Annual administration report of the Civil Veterinary Department of India - 1895-1896
Year: 1895
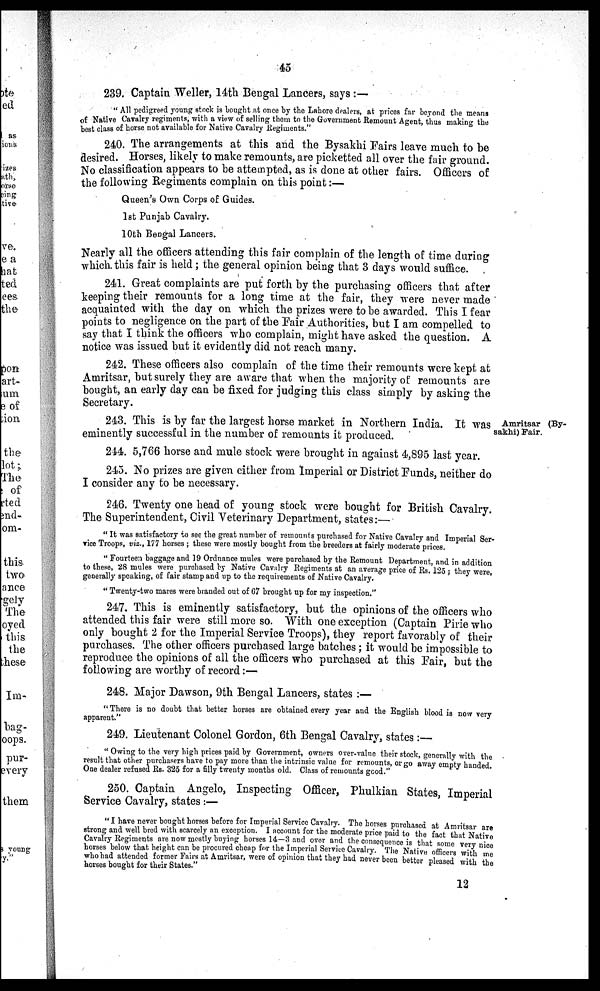
45
239. Captain Weller, 14th Bengal Lancers, says:—
"All pedigreed young stock is bought at once by the Lahore dealers, at prices far beyond the means
of Native Cavalry regiments, with a view of selling them to the Government Remount Agent, thus making the
best class of horse not available for Native Cavalry Regiments."
240. The arrangements at this and the Bysakhi Fairs leave much to be
desired. Horses, likely to make remounts, are picketted all over the fair ground.
No classification appears to be attempted, as is done at other fairs. Officers of
the following Regiments complain on this point:—
Queen's Own Corps of Guides.
1st Punjab Cavalry.
10th Bengal Lancers.
Nearly all the officers attending this fair complain of the length of time during
which this fair is held; the general opinion being that 3 days would suffice.
241. Great complaints are put forth by the purchasing officers that after
keeping their remounts for a long time at the fair, they were never made
acquainted with the day on which the prizes were to be awarded. This I fear
points to negligence on the part of the Fair Authorities, but I am compelled to
say that I think the officers who complain, might have asked the question. A
notice was issued but it evidently did not reach many.
242. These officers also complain of the time their remounts were kept at
Amritsar, but surely they are aware that when the majority of remounts are
bought, an early day can be fixed for judging this class simply by asking the
Secretary.
Amritsar (By-
sakhi) Pair.
243. This is by far the largest horse market in Northern India. It was
eminently successful in the number of remounts it produced.
244. 5,766 horse and mule stock were brought in against 4,895 last year.
245. No prizes are given either from Imperial or District Funds, neither do
I consider any to be necessary.
246. Twenty one head of young stock were bought for British Cavalry.
The Superintendent, Civil Veterinary Department, states:—
"It was satisfactory to see the great number of remounts purchased for Native Cavalry and Imperial Ser-
vice Troops, viz., 177 horses; these were mostly bought from the breeders at fairly moderate prices.
"Fourteen baggage and 19 Ordnance mules were purchased by the Remount Department, and in addition
to these, 28 mules were purchased by Native Cavalry Regiments at an average price of Rs. 125; they were,
generally speaking, of fair stamp and up to the requirements of Native Cavalry.
"Twenty-two mares were branded out of 67 brought up for my inspection."
247. This is eminently satisfactory, but the opinions of the officers who
attended this fair were still more so. With one exception (Captain Pirie who
only bought 2 for the Imperial Service Troops), they report favorably of their
purchases. The other officers purchased large batches; it would be impossible to
reproduce the opinions of all the officers who purchased at this Fair, but the
following are worthy of record:—
248. Major Dawson, 9th Bengal Lancers, states:—
"There is no doubt that better horses are obtained every year and the English blood is now very
apparent."
249. Lieutenant Colonel Gordon, 6th Bengal Cavalry, states:–
"Owing to the very high prices paid by Government, owners over-value their stock, generally with the
result that other purchasers have to pay more than the intrinsic value for remounts, or go away empty handed.
One dealer refused Rs. 325 for a filly twenty months old. Class of remounts good."
250. Captain Angelo, Inspecting Officer, Phulkian States, Imperial
Service Cavalry, states:—
"I have never bought horses before for Imperial Service Cavalry. The horses purchased at Amritsar are
strong and well bred with scarcely an exception. I account for the moderate price paid to the fact that Native
Cavalry Regiments are now mostly buying horses 14-3 and over and the consequence is that some very nice
horses below that height can be procured cheap for the Imperial Service Cavalry. The Native officers with me
who had attended former Fairs at Amritsar, were of opinion that they had never been better pleased with the
horses bought for their States."
12